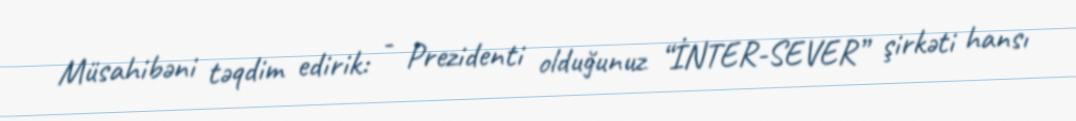
Müsahibəni təqdim edirik: - Prezidenti olduğunuz “İNTER-SEVER” şirkəti hansı